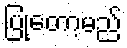
ပြုတော့မည်